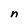
Character: n